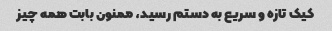
کیک تازه و سریع به دستم رسید، ممنون بابت همه چیز